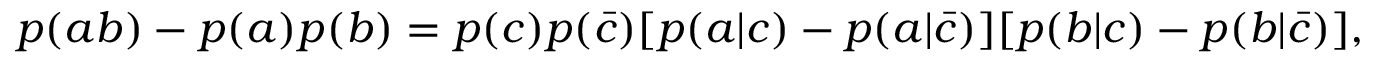
\begin{array} { r } { p ( a b ) - p ( a ) p ( b ) = p ( c ) p ( \bar { c } ) [ p ( a | c ) - p ( a | \bar { c } ) ] [ p ( b | c ) - p ( b | \bar { c } ) ] , } \end{array}